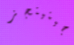
جينينجز